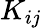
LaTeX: K_{ij}